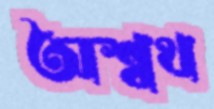
অশ্বথ